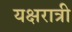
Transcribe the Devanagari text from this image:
यक्षरात्री